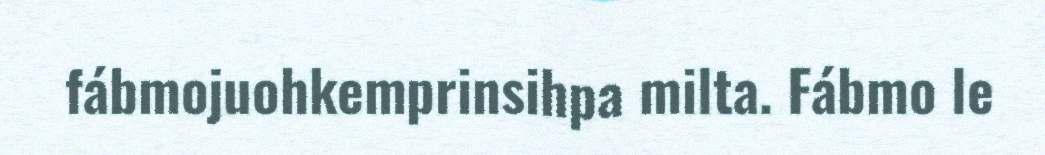
fábmojuohkemprinsihpa milta. Fábmo le